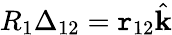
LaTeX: R_{1}\Delta_{12}=\mathtt{r}_{12}\hat{{\textbf{{k}}}}